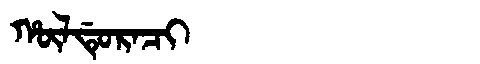
Manchu: ᡥᡡᠯᡩᡠᡵᠠᠴᡳ
Romanization: HŪLDURACI